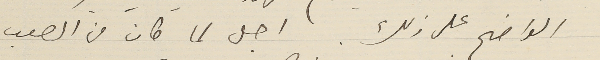
الواضح على ذلك. اجل لما كان من الصعب